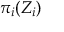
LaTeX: \pi _ { i } ( Z _ { i } )